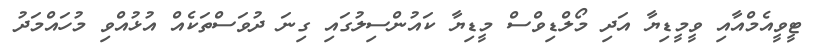
ޓީވީއެމްއާއި ވީމީޑިޔާ އަދި މޯލްޑިވްސް މީޑިޔާ ކައުންސިލުގައި ގިނަ ދުވަސްތަކެއް އުޅުއްވި މުހައްމަދު